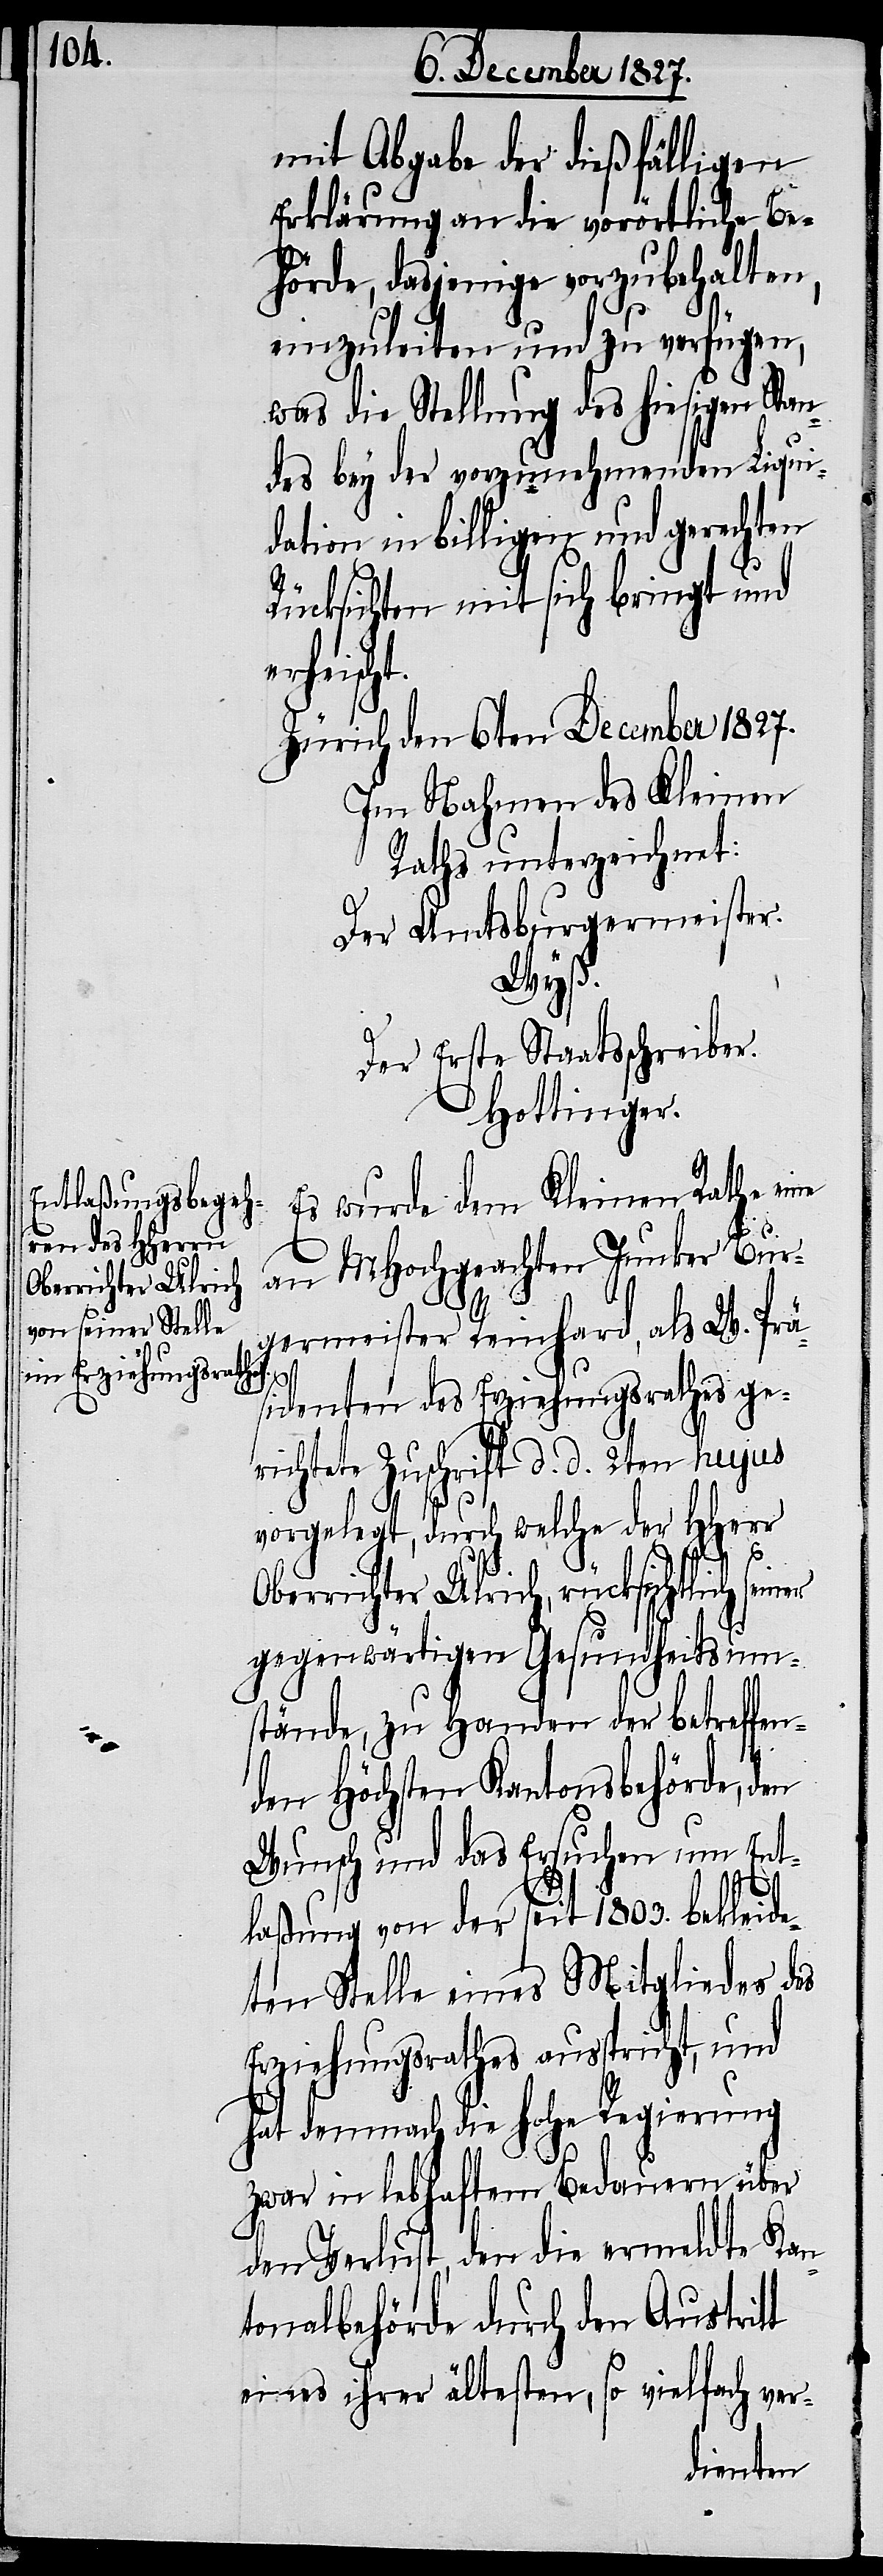
mit Abgabe der dießfälligen
Erklärung an die vorörtliche Be¬
hörde, dasjenige vorzubehalten,
einzuleiten und zu verfügen,
was die Stellung des hiesigen Stan¬
des bey der vorzunehmenden Liqui¬
dation in billigen und gerechten
t.
Rücksichten mit sich bringt und
erheisch¬
Zürich den 6ten December 1827.
Im Nahmen des Kleinen
Rathes unterzeichnet:
Der Amtsburgermeister.
Wyß.
Der Erste Staatsschreiber.
Hottinger.
Es wurde dem Kleinen Rathe eine
an MHochgeachten Junker Bur¬
germeister Reinhard, als W. Prä¬
sidenten des Erziehungsrathes ge¬
richtete Zuschrift d. d. 2ten hujus
vorgelegt, durch welche der HHerr
Oberrichter Ulrich, rücksichtlich seiner
gegenwärtigen Gesundheitsum¬
stände, zu Handen der betreffen¬
den Höchsten Kantonsbehörde, den
Wunsch und das Ersuchen um Ent¬
laßung von der seit 1803. bekleide¬
ten Stelle eines Mitgliedes des
Erziehungsrathes ausspricht, und
hat demnach die hohe Regierung
zwar im lebhaften Bedauern über
den Verlust, den die ermeldte Kan¬
tonalbehörde durch den Austritt
eines ihrer ältesten, so vielfach ver-